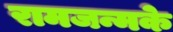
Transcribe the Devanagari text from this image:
रामजन्मके